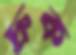
দ্রুক